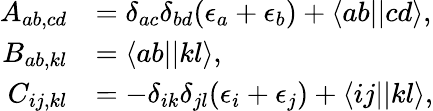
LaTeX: \begin{array}{rl}{A_{ab,cd}}&{=\delta_{ac}\delta_{bd}(\epsilon_{a}+\epsilon_{b})+\langle ab||cd\rangle\mathrm{,}}\\ {B_{ab,kl}}&{=\langle ab||kl\rangle\mathrm{,}}\\ {C_{ij,kl}}&{=-\delta_{ik}\delta_{jl}(\epsilon_{i}+\epsilon_{j})+\langle ij||kl\rangle\mathrm{,}}\end{array}